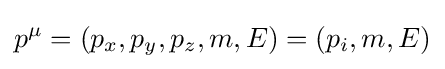
p^{\mu }=(p_{x},p_{y},p_{z},m,E)=(p_{i},m,E)